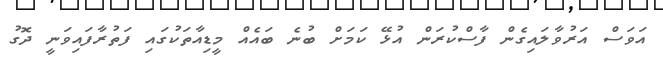
އަވަސް އަރުވާލައިގެން ފާސްކުރަން އުޅޭ ކަމަށް ބުނެ ބައެއް މީޑިއާތަކުގައި ފަތުރާފައިވަނީ ދޮގު